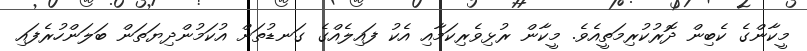
މީކާންގެ ކެބިން ދޮރުކުރިމަތީއެވެ. މީކާން ރުޅިވެރިކަމާއި އެކު ފައިލެއްގެ ގަނޑުތަށް އުކަމުންދިޔަތަން ބަލަންހުރެފައި